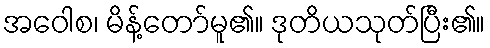
အဝေါစ၊ မိန့်တော်မူ၏။ ဒုတိယသုတ်ပြီး၏။